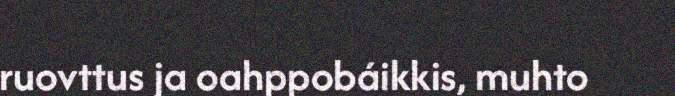
ruovttus ja oahppobáikkis, muhto